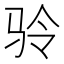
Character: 𲌅